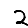
Digit: 2